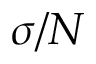
\sigma / N